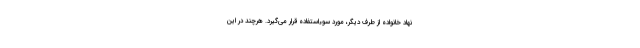
نهاد خانواده از طرف دیگر، مورد سوءاستفاده قرار می‌گیرد. هرچند در این